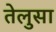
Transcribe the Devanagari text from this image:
तेलुसा